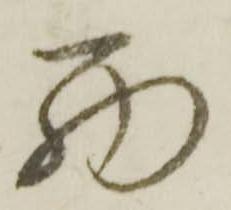
西